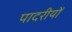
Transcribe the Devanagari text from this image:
पादरीयों